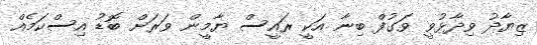
ޒިޔާދު ވިދާޅުވީ ވަގުފް ބިނާ އަކީ ރައީސް ޔާމީން ވަރަށް ބޮޑު އިސްކަމެއް